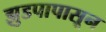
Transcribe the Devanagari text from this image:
झुडपापासून